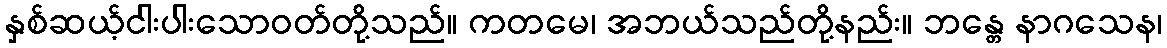
နှစ်ဆယ့်ငါးပါးသောဝတ်တို့သည်။ ကတမေ၊ အဘယ်သည်တို့နည်း။ ဘန္တေ နာဂသေန၊